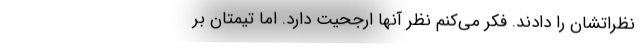
نظراتشان را دادند. فکر می‌کنم نظر آنها ارجحیت دارد. اما تیمتان بر